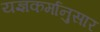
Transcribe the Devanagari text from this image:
यज्ञकर्मानुसार